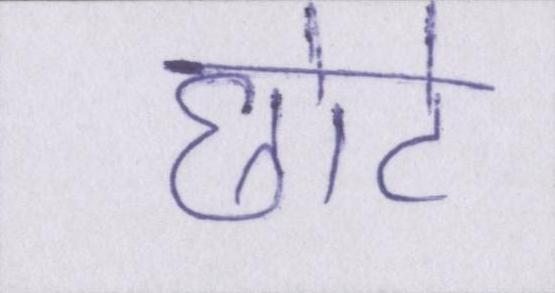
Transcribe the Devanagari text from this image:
छोटे